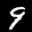
Label: 9